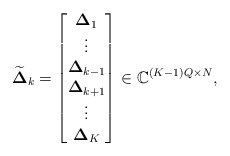
\begin{align*}\widetilde{\boldsymbol{\Delta}}_k = \begin{bmatrix}\boldsymbol{\Delta}_1 \\\vdots \\\boldsymbol{\Delta}_{k-1} \\\boldsymbol{\Delta}_{k+1} \\\vdots \\\boldsymbol{\Delta}_K\end{bmatrix}\in \mathbb{C}^{(K-1)Q \times N},\end{align*}